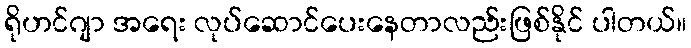
ရိုဟင်ဂျာ အရေး လုပ်ဆောင်ပေးနေတာလည်းဖြစ်နိုင် ပါတယ်။